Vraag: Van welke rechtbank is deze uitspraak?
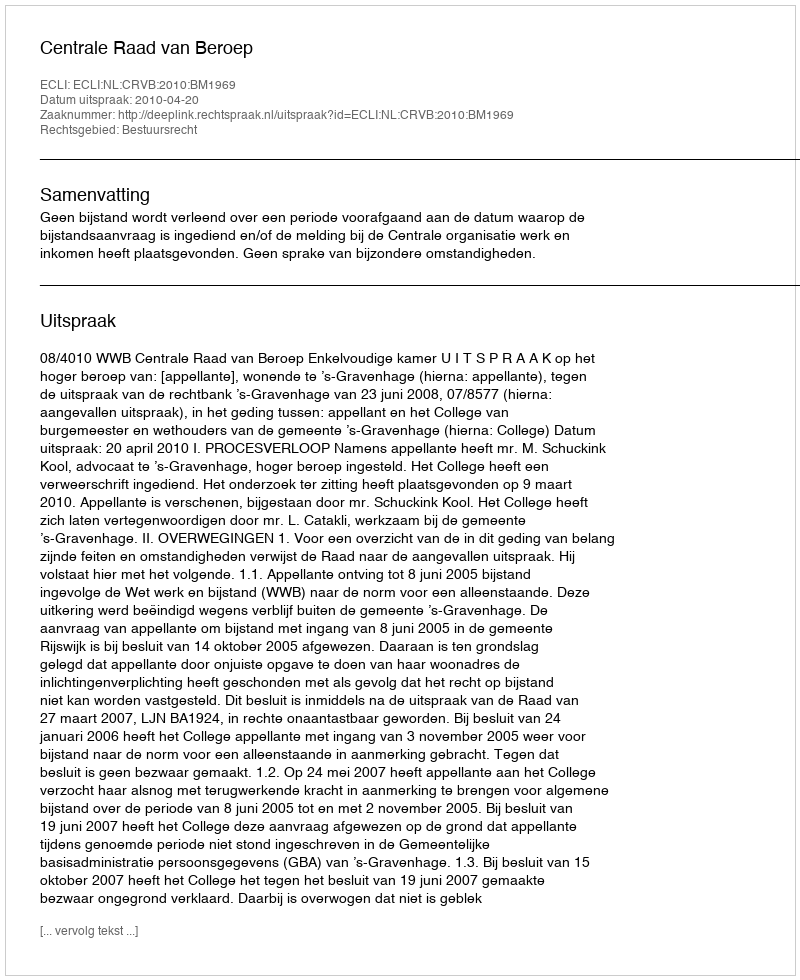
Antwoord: Centrale Raad van Beroep